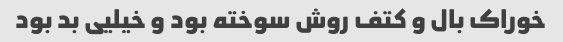
خوراک بال و کتف روش سوخته بود و خیلیی بد بود